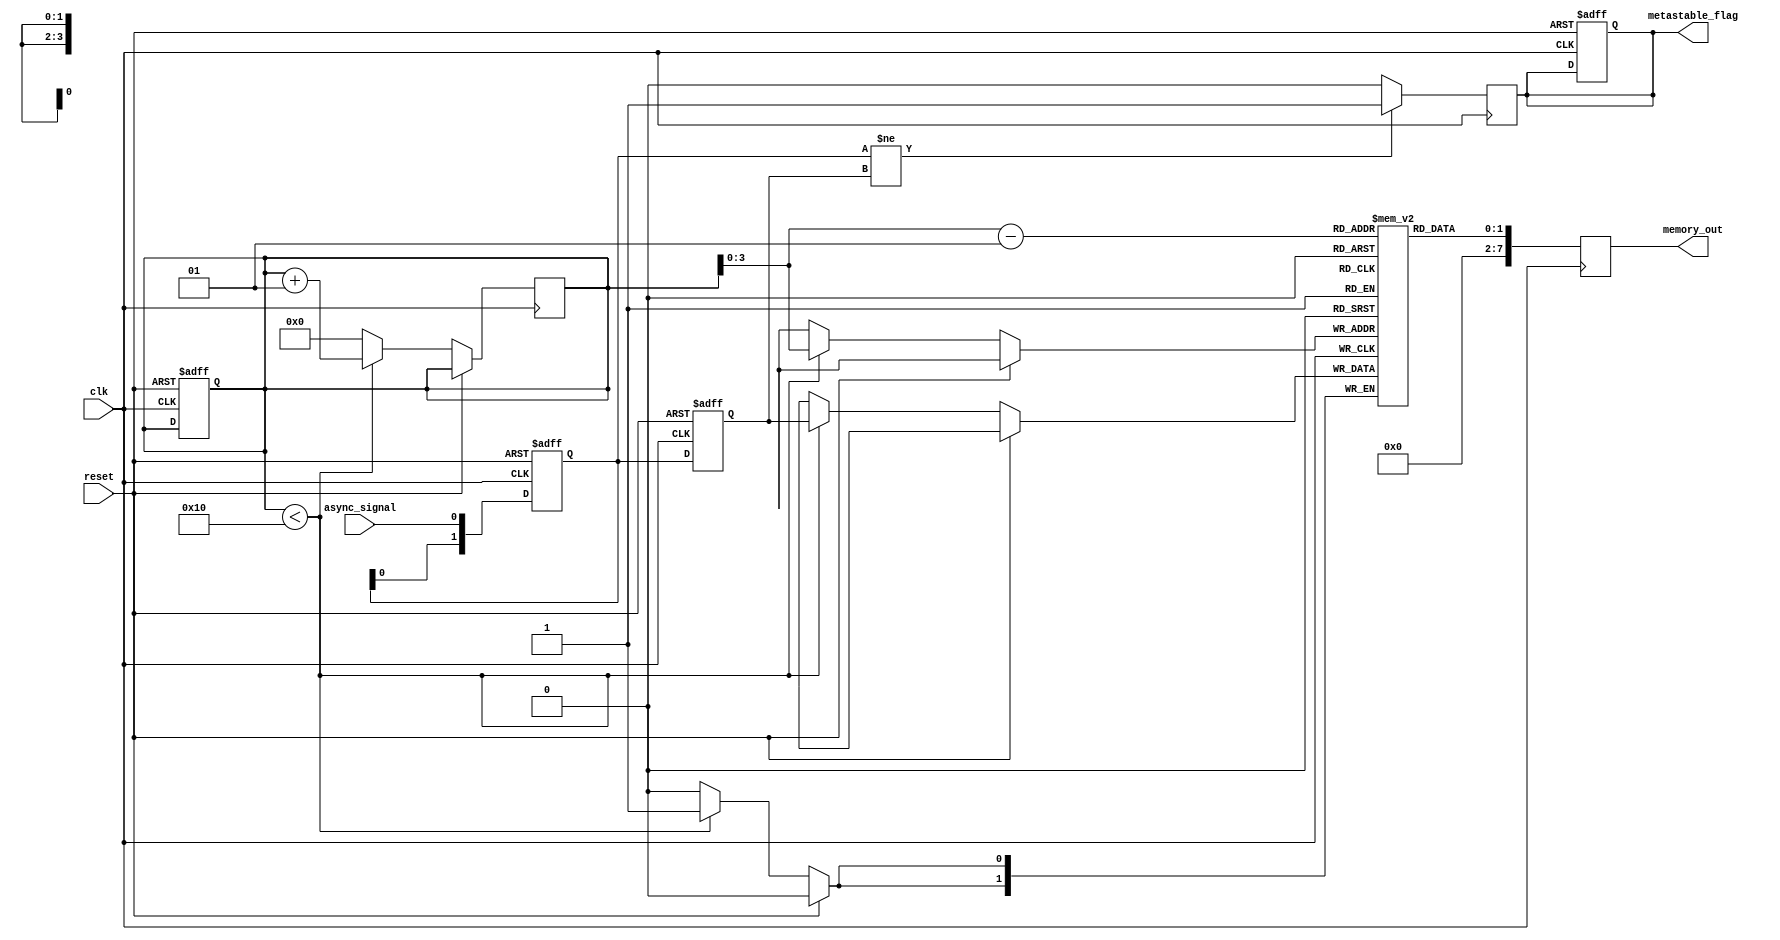
module metastability_detector (
    input wire clk,              // Clock input
    input wire reset,            // Reset input
    input wire async_signal,     // Asynchronous input signal to monitor
    output reg metastable_flag,  // Flag indicating a metastable condition
    output reg [7:0] memory_out  // Output to check stored samples (for simplicity, 8-bit output)
);

    // Parameters
    parameter MEMORY_SIZE = 16;  // Size of the memory block
    reg [1:0] ff1, ff2;           // Output of two flip-flops
    reg [1:0] memory [0:MEMORY_SIZE-1]; // Memory block to store samples
    integer sample_index;         // Index for memory

    // Flip-Flops to sample the asynchronous signal
    always @(posedge clk or posedge reset) begin
        if (reset) begin
            ff1 <= 2'b00;         // Reset flip-flops
            ff2 <= 2'b00;
            metastable_flag <= 1'b0; // Reset flag
            sample_index <= 0;   // Reset sample index
        end else begin
            ff1 <= {ff1[0], async_signal}; // Sample async signal
            ff2 <= ff1;                    // Sample output of FF1
        end
    end

    // Metastability detection logic
    always @(posedge clk) begin
        if (ff1 != ff2) begin
            metastable_flag <= 1'b1; // Set flag if outputs differ
        end else begin
            metastable_flag <= 1'b0; // Clear flag if outputs are the same
        end
    end

    // Memory sampling mechanism
    always @(posedge clk) begin
        if (!reset) begin
            if (sample_index < MEMORY_SIZE) begin
                memory[sample_index] <= {ff1, ff2}; // Store the outputs in memory
                sample_index <= sample_index + 1;   // Increment index
            end else begin
                sample_index <= 0; // Reset index if it reaches the size
            end
        end
    end

    // Output the last stored memory sample
    always @(posedge clk) begin
        memory_out <= memory[sample_index - 1]; // Output the last sample
    end

endmodule